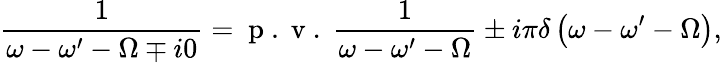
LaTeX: \frac{1}{\omega-\omega^{\prime}-\Omega\mp i0}=\mathrm{~p~.~v~.~}\frac{1}{\omega-\omega^{\prime}-\Omega}\pm i\pi\delta\left(\omega-\omega^{\prime}-\Omega\right),